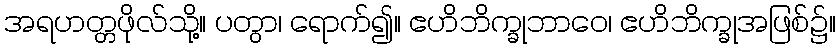
အရဟတ္တဖိုလ်သို့။ ပတွာ၊ ရောက်၍။ ဧဟိဘိက္ခုဘာဝေ၊ ဧဟိဘိက္ခုအဖြစ်၌။